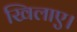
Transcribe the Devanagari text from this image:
खिलाए।